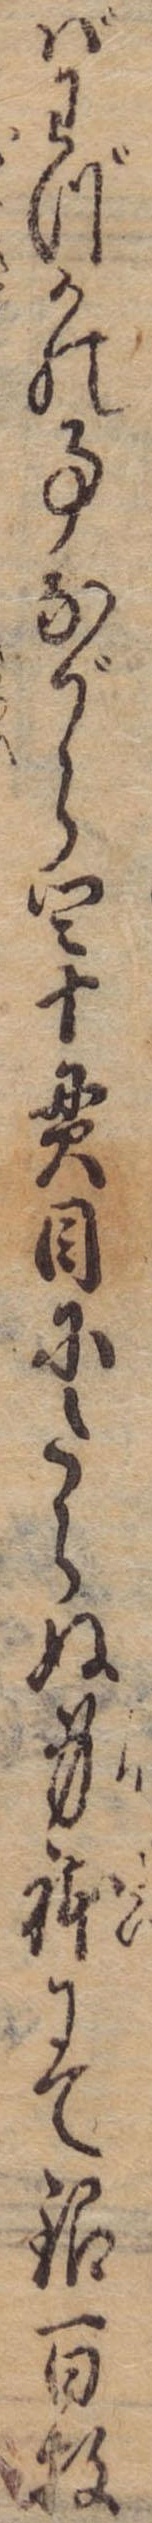
ばわづかの事ながら四十貫目にたらぬ身体にて銀百牧